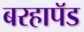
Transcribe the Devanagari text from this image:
बरहापॅड